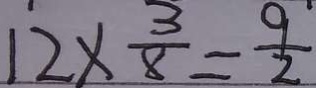
1 2 \times \frac { 3 } { 8 } = \frac { 9 } { 2 }